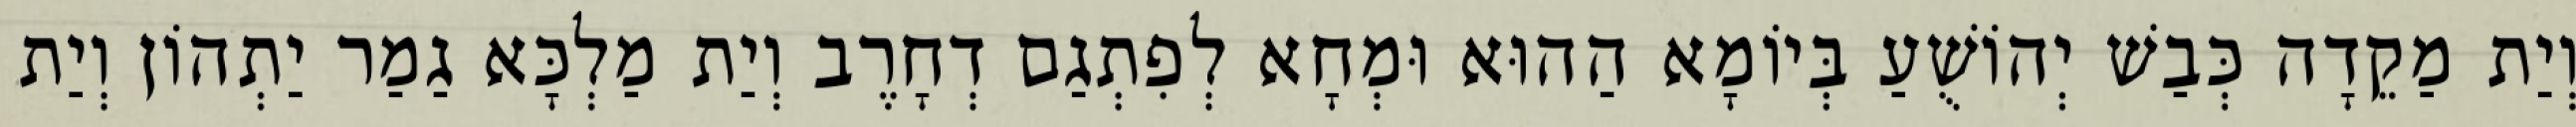
וְיַת מַקֵדָה כְּבַשׁ יְהוֹשֻׁעַ בְּיוֹמָא הַהוּא וּמְחָא לְפִתְגַם דְחָרֶב וְיַת מַלְכָּא גַמַר יַתְהוֹן וְיַת